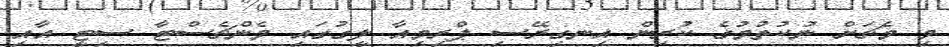
މި މެޗަށް ނުކުތުމުގެ ކުރިން އިނގިރޭސި ޕްރިމިއާ ލީގުގައި މެންޗެސްޓާ ސިޓީ އާއި